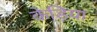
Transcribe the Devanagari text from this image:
केड़िया